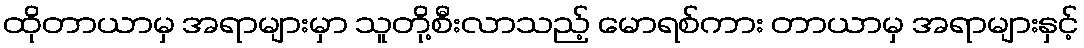
ထိုတာယာမှ အရာများမှာ သူတို့စီးလာသည့် မောရစ်ကား တာယာမှ အရာများနှင့်